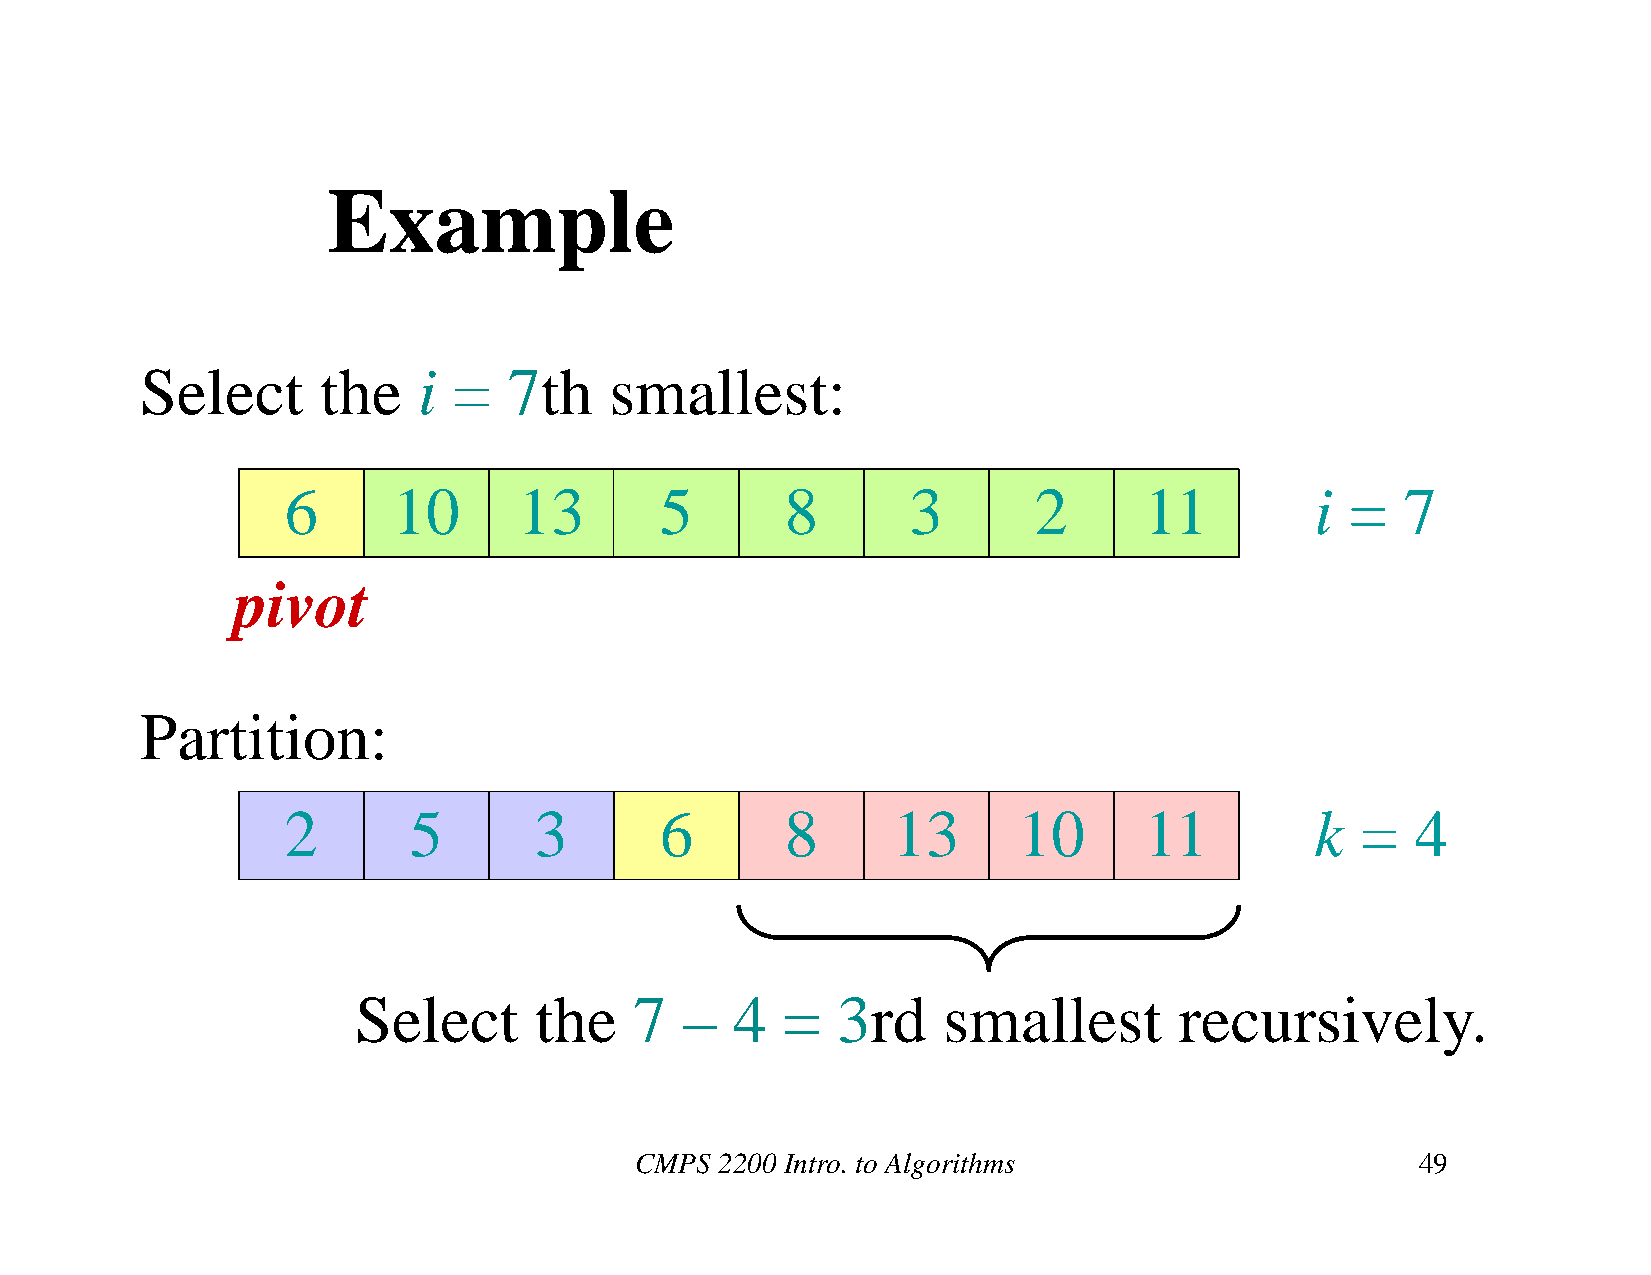
Example
 Select      the    i =   7th   smallest:
 6      10      13        5       8       3       2       11         i =   7
 pivot
 Partition:
 2       5       3        6       8      13      10       11         k  =   4
 Select     the    7  –   4  =  3rd    smallest        recursively.
 CMPS  2200 Intro. to Algorithms                     49